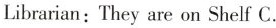
Librarian:They are on Shelf C.